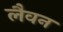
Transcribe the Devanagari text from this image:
लैवन